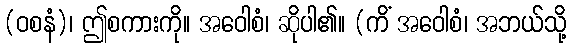
(ဝစနံ)၊ ဤစကားကို။ အဝေါစံ၊ ဆိုပါ၏။ (ကိံ အဝေါစံ၊ အဘယ်သို့